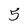
Character: 5